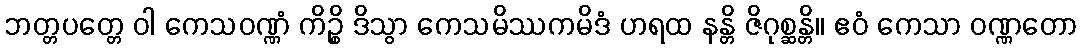
ဘတ္တပတ္တေ ဝါ ကေသဝဏ္ဏံ ကိဉ္စိ ဒိသွာ ကေသမိဿကမိဒံ ဟရထ နန္တိ ဇိဂုစ္ဆန္တိ။ ဧဝံ ကေသာ ဝဏ္ဏတော